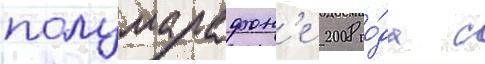
полумарафон'е 2008 го́да с